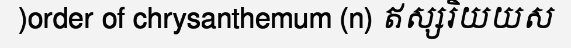
)order of chrysanthemum (n) ឥស្សរិយយស